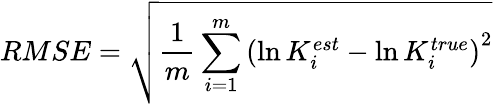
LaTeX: RMSE=\sqrt{\frac{1}{m}\sum_{i=1}^{m}\left(\ln K_{i}^{est}-\ln K_{i}^{true}\right)^{2}}